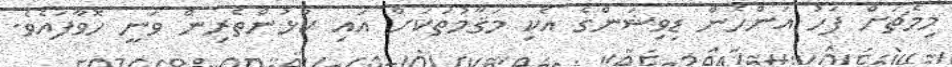
މިމެޗަށް ފަހު އަންހެން ޑިވިޝަންގެ އެކި މަޤާމުތަކަށް އައި ކުޅުންތެރިން ވަނީ ހޮވާފައެވެ.